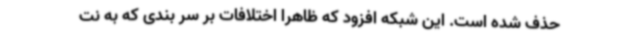
حذف شده است. این شبکه افزود که ظاهرا اختلافات بر سر بندی که به نت